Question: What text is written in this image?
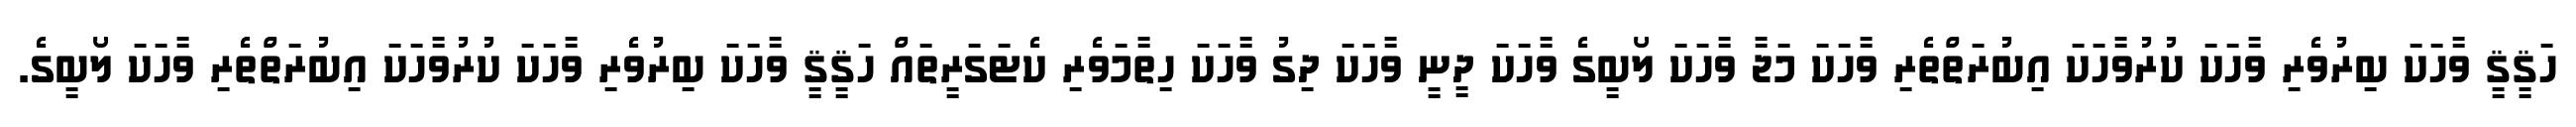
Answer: ހަޤީޤީ ވާހަކަ ބިރުވެރި ވާހަކަ ކުރުވާހަކަ އިބުރަތްތެރި ވާހަކަ މަޖާ ވާހަކަ ލޯބީގެ ވާހަކަ ދީނީ ވާހަކަ ދިގު ވާހަކަ ހިތާމަވެރި ކެޓަގަރީތައް ހަޤީޤީ ވާހަކަ ބިރުވެރި ވާހަކަ ކުރުވާހަކަ އިބުރަތްތެރި ވާހަކަ ލޯބީގެ.